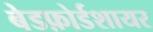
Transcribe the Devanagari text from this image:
बेडफ़ोर्डशायर